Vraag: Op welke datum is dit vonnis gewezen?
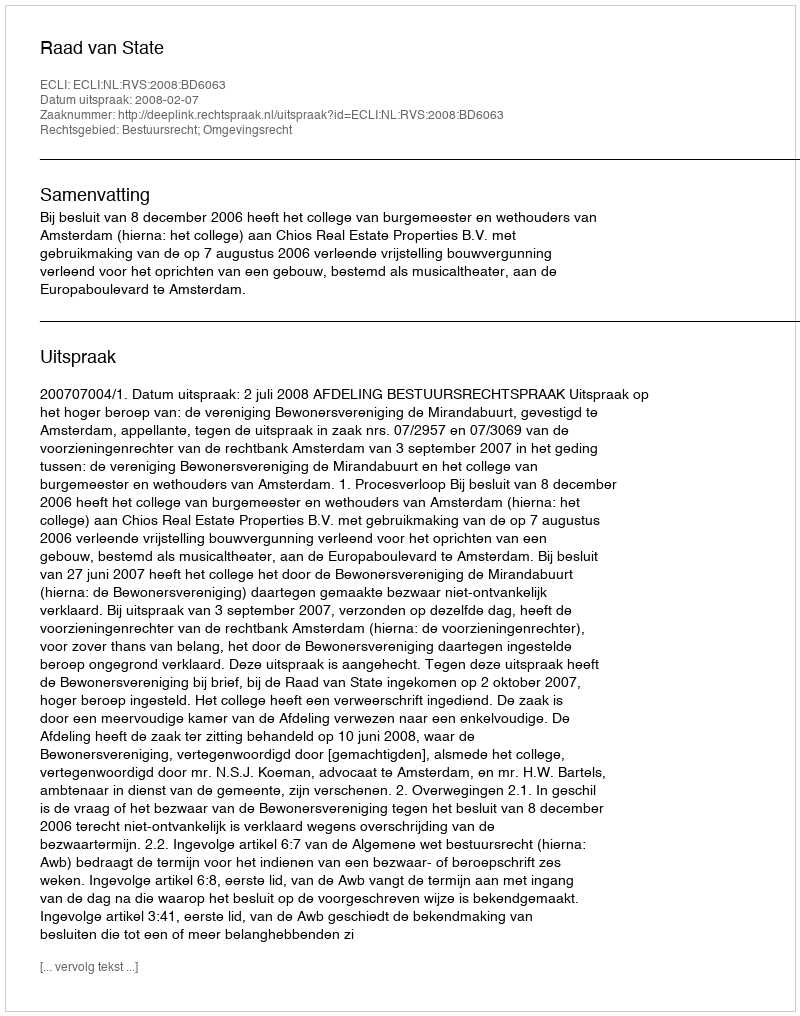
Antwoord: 2008-02-07